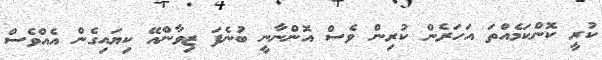
ކުރީ ކޮންކަމެއްތަ އަހަރެން ކުރިން ވެސް އޮންނާނީ ބުނެފަ ޒިވާންއޭ ކިޔައިގެން އެއްވެސް